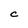
Character: C